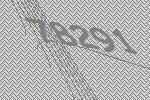
78291